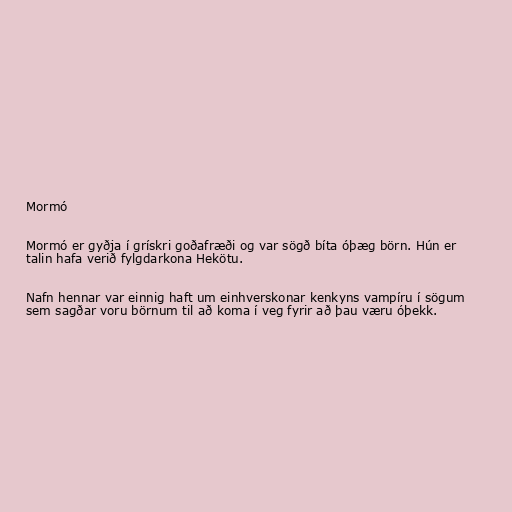
Mormó

Mormó er gyðja í grískri goðafræði og var sögð bíta óþæg börn. Hún er
talin hafa verið fylgdarkona Hekötu.

Nafn hennar var einnig haft um einhverskonar kenkyns vampíru í sögum
sem sagðar voru börnum til að koma í veg fyrir að þau væru óþekk.